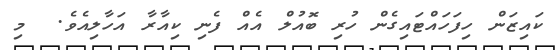
ކައިޒަން ހިފަހައްޓައިގެން ހުރި ބޮއުލް އެއް ފެނި ކިއާރާ އަހާލިއެވެ.  މި